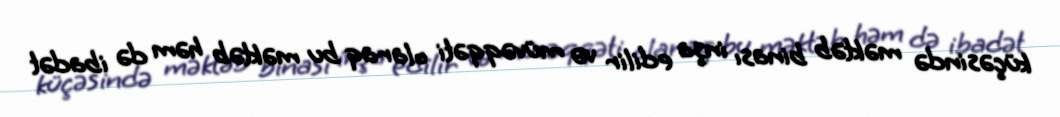
küçəsində məktəb binası inşa edilir və müvəqqəti olaraq bu məktəb həm də ibadət